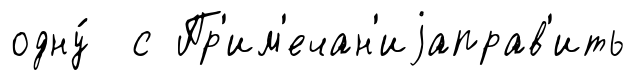
одну́ с Пр'им'ечан'иjаправ'ить